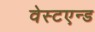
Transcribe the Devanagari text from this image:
वेस्टएन्ड